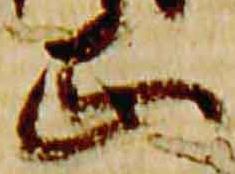
正